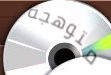
متوهجة